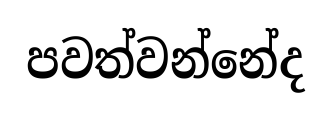
පවත්වන්නේද